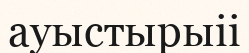
ауыстырыіі